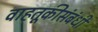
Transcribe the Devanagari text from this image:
वाहतूकीसंबंधी